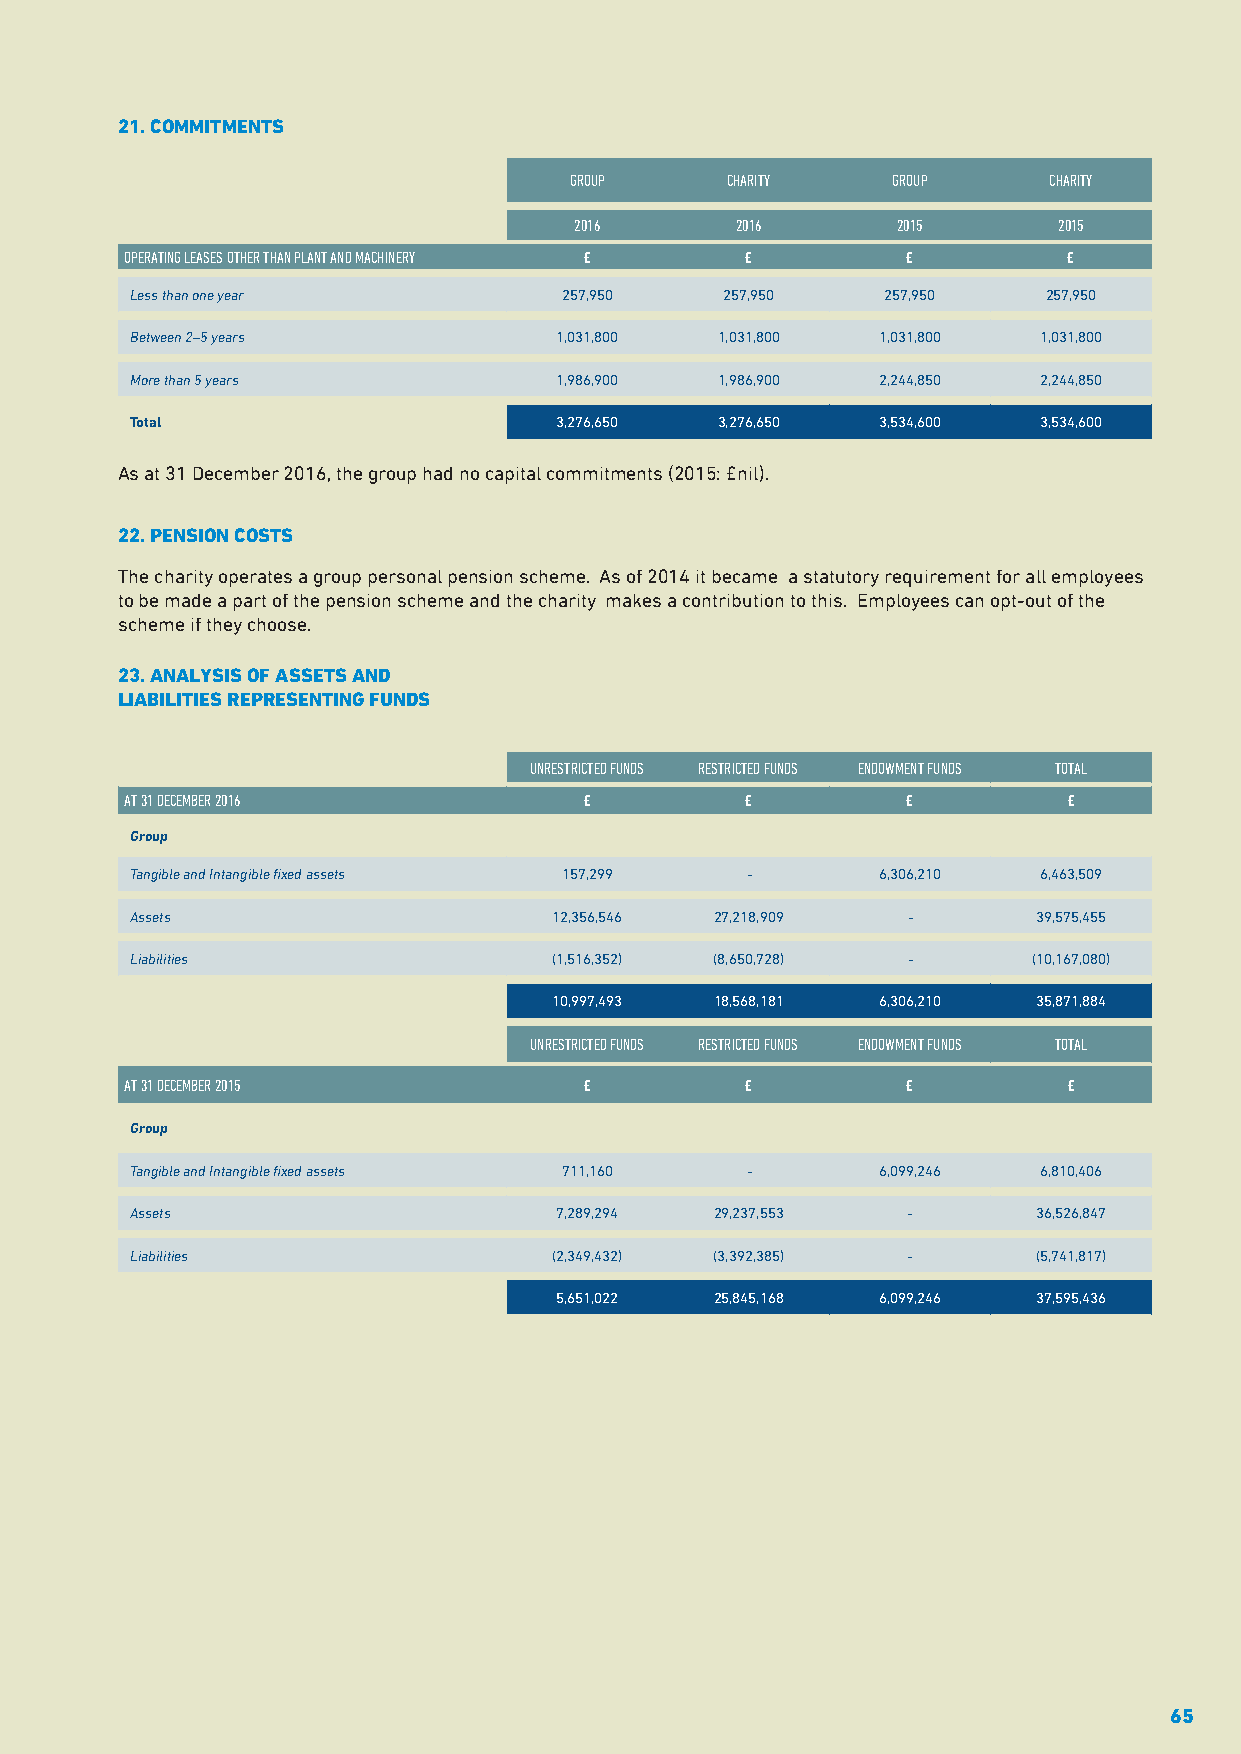
21. COMMITMENTS
 GROUP     CHARITY    GROUP     CHARITY
 2016       2016      2015       2015
 OPERATING LEASES OTHER THAN PLANT AND MACHINERY £ £ £          £
 Less than one year          257,950    257,950    257,950   257,950
 Between 2–5 years           1,031,800 1,031,800  1,031,800  1,031,800
 More than 5 years           1,986,900 1,986,900  2,244,850  2,244,850
 Total                       3,276,650 3,276,650  3,534,600  3,534,600
 As at 31 December 2016, the group had no capital commitments (2015: £nil).
 22. PENSION COSTS
 The charity operates a group personal pension scheme. As of 2014 it became a statutory requirement for all employees
 to be made a part of the pension scheme and the charity makes a contribution to this. Employees can opt-out of the
 scheme if they choose.
 23. ANALYSIS OF ASSETS AND
 LIABILITIES REPRESENTING FUNDS
 UNRESTRICTED FUNDS RESTRICTED FUNDS ENDOWMENT FUNDS TOTAL
 AT 31 DECEMBER 2016            £         £          £          £
 Group
 Tangible and Intangible fixed assets 157,299 -   6,306,210  6,463,509
 Assets                      12,356,546 27,218,909  -        39,575,455
 Liabilities                 (1,516,352) (8,650,728) -      (10,167,080)
 10,997,493 18,568,181 6,306,210 35,871,884
 UNRESTRICTED FUNDS RESTRICTED FUNDS ENDOWMENT FUNDS TOTAL
 AT 31 DECEMBER 2015            £         £          £          £
 Group
 Tangible and Intangible fixed assets 711,160 -   6,099,246  6,810,406
 Assets                      7,289,294 29,237,553   -        36,526,847
 Liabilities                 (2,349,432) (3,392,385) -       (5,741,817)
 5,651,022 25,845,168 6,099,246  37,595,436
 65